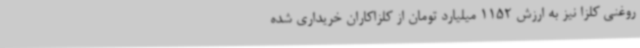
روغنی کلزا نیز به ارزش 1152 میلیارد تومان از کلزاکاران خریداری شده